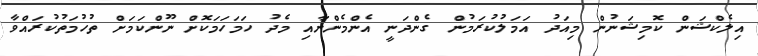
އިލެކްޝަން ކޮމިޝަނުން މިއަދު އަމަލުކުރަމުން ގެންދަނީ އެންމެންނާއި މެދު ހަމަހަމަކޮށް ނޫންކަމަށް ތުހުމަތުކުރައްވާ